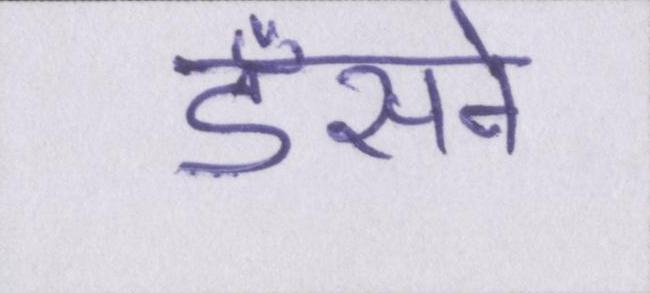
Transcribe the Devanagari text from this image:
डँसने